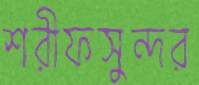
শরীফসুন্দর